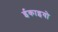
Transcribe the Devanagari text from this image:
ईकाइयो